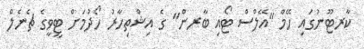
ކާރޓޫނުގައި ހޭމް "އޭލްސް ޓޯއި ބާރން" ގެ އިޝްތިހާރު ހޯދުމަށް ޓީވީގެ ޗެނެލް